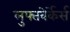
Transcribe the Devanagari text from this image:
लुफ्तवेर्केर्स